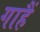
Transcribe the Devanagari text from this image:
गाहैं